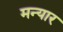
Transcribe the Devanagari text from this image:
मन्यार